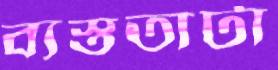
ব্যস্ততাটা